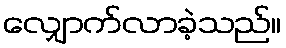
လျှောက်လာခဲ့သည်။